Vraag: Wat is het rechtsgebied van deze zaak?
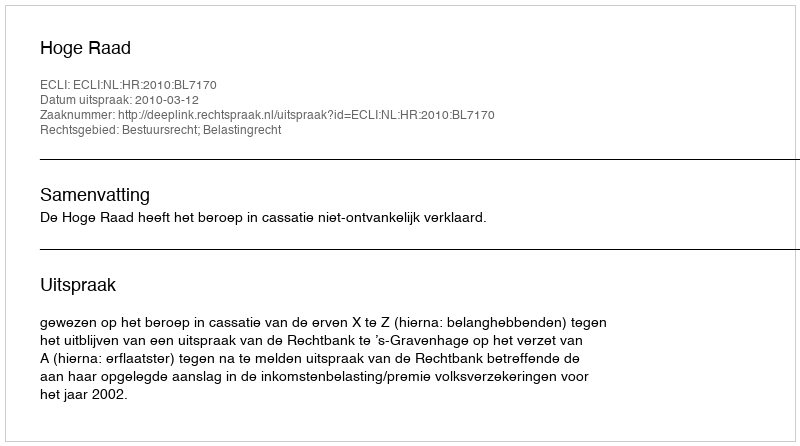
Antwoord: Bestuursrecht; Belastingrecht